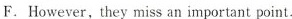
F.However, they miss an important point.